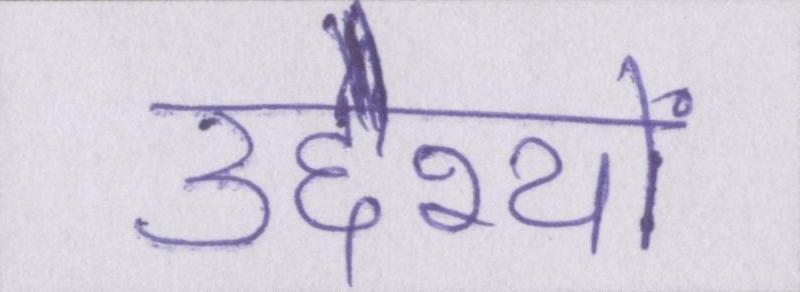
उद्देश्यों